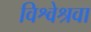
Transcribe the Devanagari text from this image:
विश्वेश्रवा